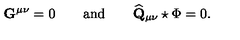
\mathbf { G } ^ { \mu \nu } = 0 \qquad \mathrm { a n d } \qquad \widehat { \mathbf { Q } } _ { \mu \nu } \star \Phi = 0 .